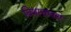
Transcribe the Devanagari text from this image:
विषाक्तताएं